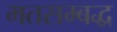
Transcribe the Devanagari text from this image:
मतसम्बद्ध